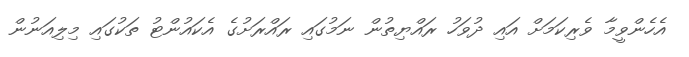
އެހެންވީމާ ވެރިކަމަށް އައި ދުވަހު ރައްޔިތުން ނަމުގައި ރައްރަށުގެ އެކައުންޓު ތަކުގައި މިލިއަނުން